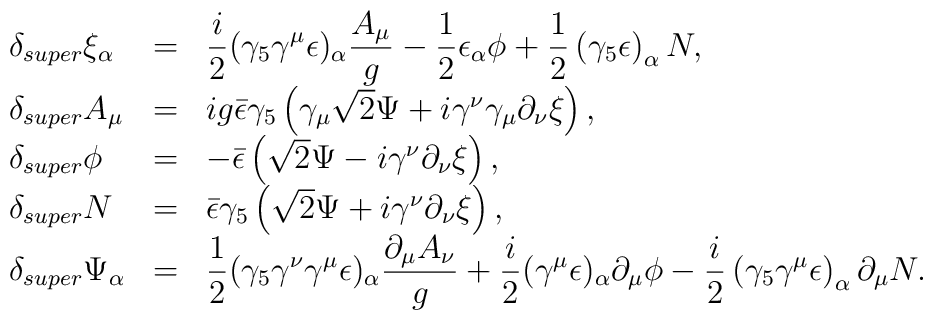
\begin{array}{lcl}\delta_{super}\xi_{\alpha} &=& \displaystyle \frac{i}{2}(\gamma_{5}\gamma^{\mu}\epsilon)_{\alpha}\frac{A_{\mu}}{g}-\frac{1}{2}\epsilon_{\alpha}\phi +{1 \over 2}\left(\gamma_{5}\epsilon\right)_{\alpha}N , \\\delta_{super}A_{\mu} &=&ig\bar{\epsilon}\gamma_{5}\left(\gamma_{\mu}\sqrt{2}\Psi+i\gamma^{\nu}\gamma_{\mu}\partial_{\nu}\xi\right) , \\\delta_{super}\phi &=& -\bar{\epsilon}\left(\sqrt{2}\Psi-i\gamma^{\nu}\partial_{\nu}\xi\right) , \\\delta_{super}N &=& \bar{\epsilon} \gamma_{5}\left(\sqrt{2}\Psi+i\gamma^{\nu}\partial_{\nu}\xi\right) , \\\delta_{super}\Psi_{\alpha} &=& \displaystyle \frac{1}{2}(\gamma_{5}\gamma^{\nu}\gamma^{\mu}\epsilon)_{\alpha}\frac{\partial_{\mu}A_{\nu}}{g}+ \frac{i}{2}(\gamma^{\mu}\epsilon)_{\alpha}\partial_{\mu}\phi-{i \over 2}\left(\gamma_{5}\gamma^{\mu}\epsilon\right)_{\alpha}\partial_{\mu}N .\end{array}